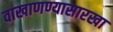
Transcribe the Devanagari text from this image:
वाखाणण्यासारखा